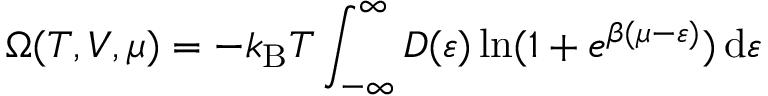
\Omega ( T , V , \mu ) = - k _ { \mathrm { { B } } } T \int _ { - \infty } ^ { \infty } D ( \varepsilon ) \ln ( 1 + e ^ { \beta ( \mu - \varepsilon ) } ) \, \mathrm { d } \varepsilon